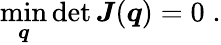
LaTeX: \operatorname*{min}_{\boldsymbol q}\operatorname*{det}{\boldsymbol J}(\boldsymbol q)=0\; .